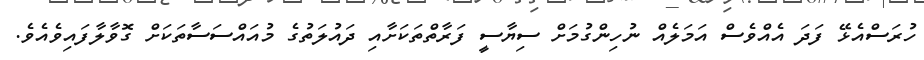
ހުރަސްއެޅޭ ފަދަ އެއްވެސް އަމަލެއް ނުހިންގުމަށް ސިޔާސީ ފަރާތްތަކަށާއި ދައުލަތުގެ މުއައްސަސާތަކަށް ގޮވާލާފައިވެއެވެ.